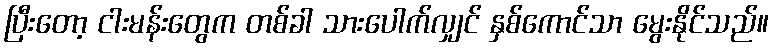
ပြီးတော့ ငါးမန်းတွေက တစ်ခါ သားပေါက်လျှင် နှစ်ကောင်သာ မွေးနိုင်သည်။